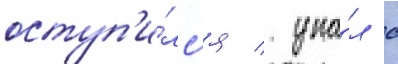
оступ'и́лс'я / упа́л с